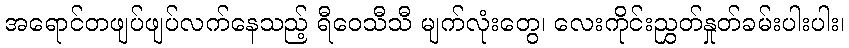
အရောင်တဖျပ်ဖျပ်လက်နေသည့် ရီဝေသီသီ မျက်လုံးတွေ၊ လေးကိုင်းညွှတ်နှုတ်ခမ်းပါးပါး၊